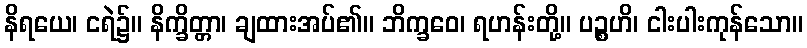
နိရယေ၊ ငရဲ၌။ နိက္ခိတ္တာ၊ ချထားအပ်၏။ ဘိက္ခဝေ၊ ရဟန်းတို့။ ပဉ္စဟိ၊ ငါးပါးကုန်သော။